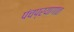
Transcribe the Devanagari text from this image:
पंचप्रयागात